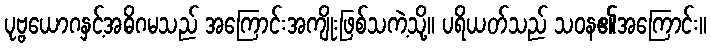
ပုဗ္ဗယောဂနှင့်အဓိဂမသည် အကြောင်းအကျိုးဖြစ်သကဲ့သို့။ ပရိယတ်သည် သဝန၏အကြောင်း။